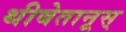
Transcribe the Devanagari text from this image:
थीबेतानूस्